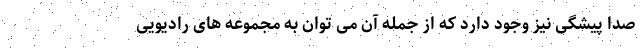
صدا پیشگی نیز وجود دارد که از جمله آن می توان به مجموعه های رادیویی